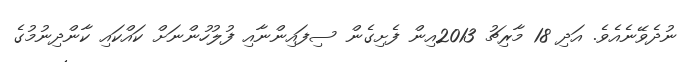
ނުދެވޭނެއެވެ. އަދި 18 މާރިޗު 2013އިން ފެށިގެން ސިފައިންނާއި ފުލުހުންނަށް ކައްކައި ކާންދިނުމުގެ